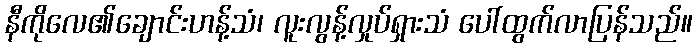
နီကိုလေ၏ချောင်းဟန့်သံ၊ လူးလွန့်လှုပ်ရှားသံ ပေါ်ထွက်လာပြန်သည်။